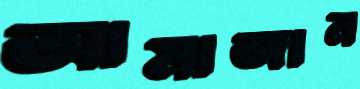
আমাজান